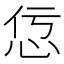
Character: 𢘢